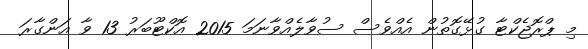
މި ޕްރޮޖެކްޓާ ގުޅޭގޮތުން އެއްވެސް ސުވާލެއްވާނަމަ 2015 އޮކްޓޫބަރު 13 ވާ އަންގާރަ